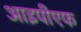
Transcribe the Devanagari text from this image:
आइपीएफ